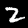
Label: 2